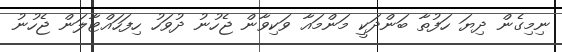
ނިމިގެން ދިޔަ ހަފުތާ ބަންދަކީ މަންމައާ ވަކިވާން ޖެހުނު ދުވަހު ހިފަހައްޓާލަން ޖެހުނު